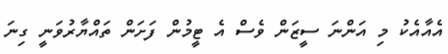
އެއާއެކު މި އަންނަ ސީޒަން ވެސް އެ ޓީމުން ފަށަން ތައްޔާރުވަނީ ގިނަ